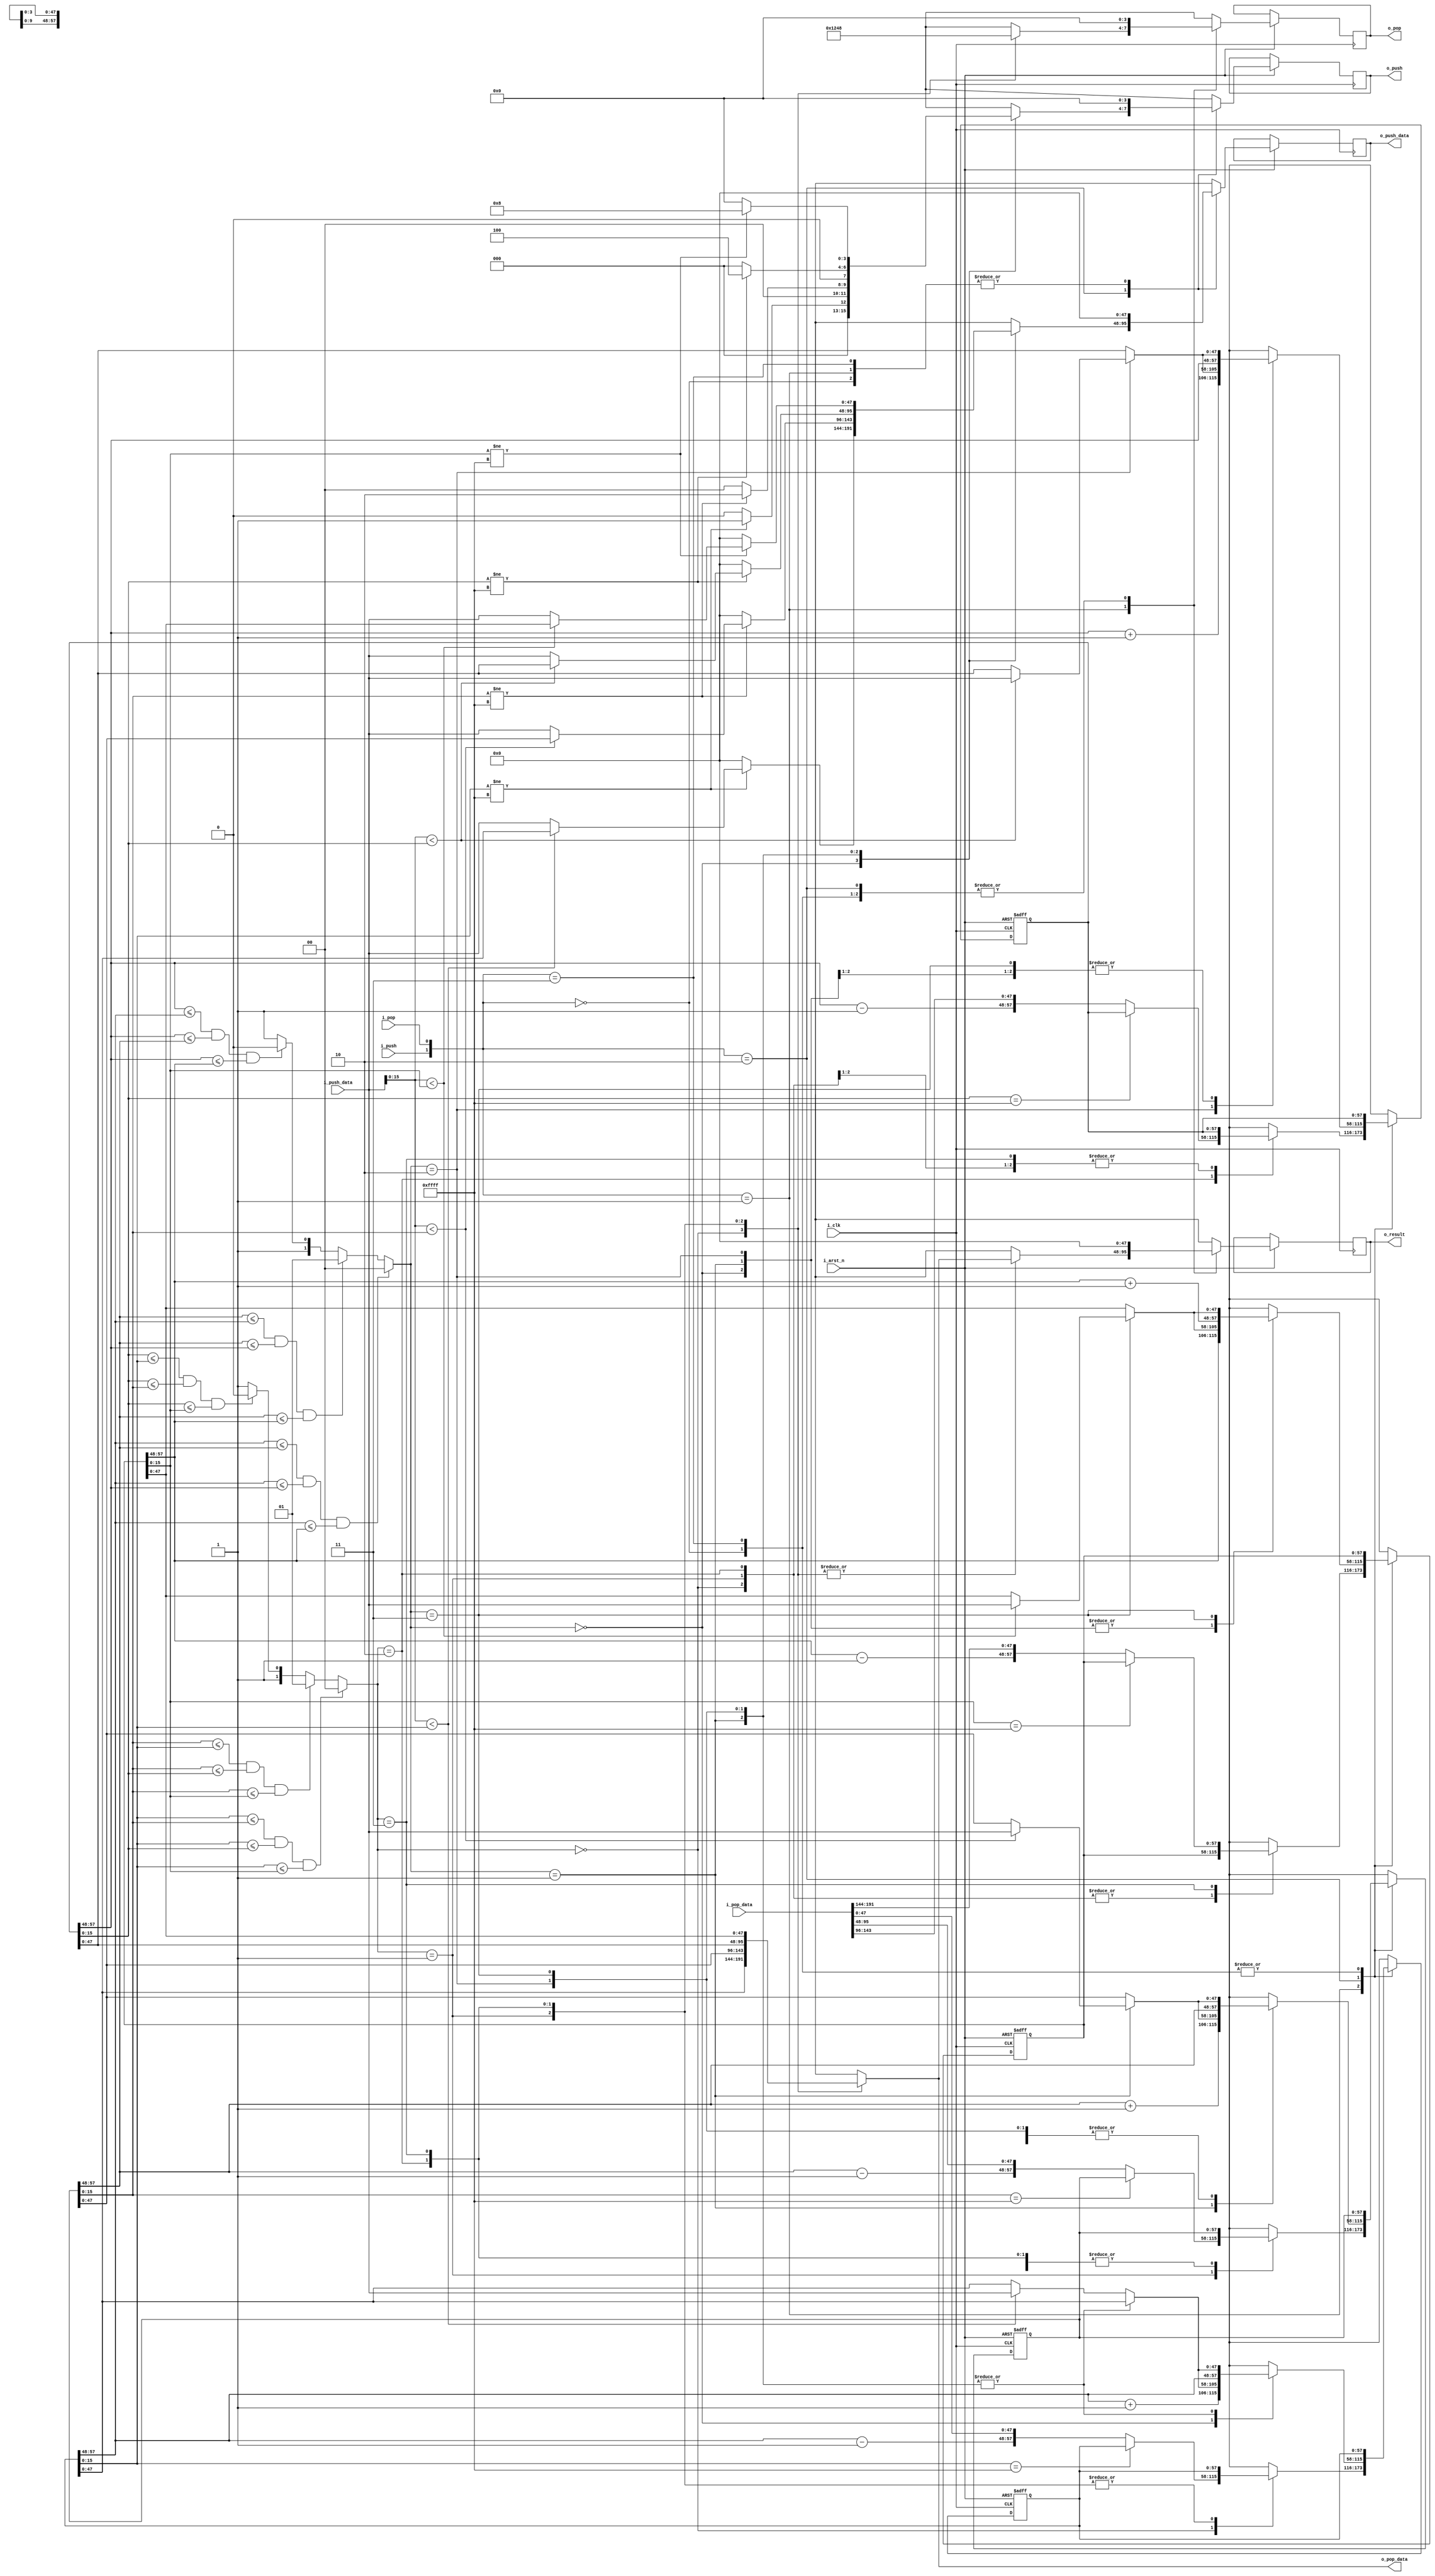
module PIFO 
#(
   parameter PTW    = 16,  // PRIORITY
   parameter MTW    = 32,  // METADATA
   parameter CTW    = 10  // COUNT
)
(
   // Clock and Reset
   input                      i_clk,         // I - Clock
   input                      i_arst_n,      // I - Active Low Async Reset

   // From/To Parent 
   input                      i_push,        // I - Push Command from Parent
   input  [(MTW+PTW)-1:0]     i_push_data,   // I - Push Data from Parent 
   input                      i_pop,         // I - Pop Command from Parent
   output reg [(MTW+PTW)-1:0] o_pop_data,    // O - Pop Data from Parent

   // From/To Child
   output reg [3:0]           o_push,        // O - Push Command to Child
   output reg [(MTW+PTW)-1:0] o_push_data,   // O - Push Data to Child
   output reg [3:0]           o_pop,         // O - Pop Command to Child   
   input  [4*(MTW+PTW)-1:0]   i_pop_data,    // I - Pop Data from Child
   output reg [(MTW+PTW)-1:0] o_result    
);

//-----------------------------------------------------------------------------
// Register and Wire Declarations
//-----------------------------------------------------------------------------

   reg [(MTW+PTW)-1:0]      latch_data;
   reg [(CTW+MTW+PTW)-1:0]  pifo_data0; // {count, metadata, priority}
   reg [(CTW+MTW+PTW)-1:0]  pifo_data1;
   reg [(CTW+MTW+PTW)-1:0]  pifo_data2;
   reg [(CTW+MTW+PTW)-1:0]  pifo_data3;   

   reg [1:0]                min_sub_tree;
   reg [1:0]                min_data_port;

   reg [(MTW+PTW)-1:0]      next_push_data0;
   reg [(MTW+PTW)-1:0]      next_push_data1;
   reg [(MTW+PTW)-1:0]      next_push_data2;
   reg [(MTW+PTW)-1:0]      next_push_data3;

//-----------------------------------------------------------------------------
// Sequential Logic
//-----------------------------------------------------------------------------
   always @ (posedge i_clk or negedge i_arst_n) begin
      if (~i_arst_n) begin
         pifo_data0  <= {{CTW{1'b0}},{MTW{1'b0}},{PTW{1'b1}}};
         pifo_data1  <= {{CTW{1'b0}},{MTW{1'b0}},{PTW{1'b1}}};
         pifo_data2  <= {{CTW{1'b0}},{MTW{1'b0}},{PTW{1'b1}}};
         pifo_data3  <= {{CTW{1'b0}},{MTW{1'b0}},{PTW{1'b1}}};		 
         latch_data  <= 'b1;
      end else begin
         case ({i_push,i_pop})
         2'b00: begin
            pifo_data0   <= pifo_data0;
            pifo_data1   <= pifo_data1;
            pifo_data2   <= pifo_data2;
            pifo_data3   <= pifo_data3;		 
            latch_data   <= 'b1;				                              
            o_push[3:0]  <= 4'd0;
            o_push_data  <= 'd0;
            o_pop[3:0]   <= 4'd0;  
            o_result     <= 'd0;                  
         end
         
         2'b01: begin		
            latch_data   <= 'b1;
            o_push[3:0]  <= 4'd0;
            o_push_data  <= 'd0;
            case (min_data_port[1:0])
            2'b00: begin // pop 0                           
               pifo_data0 <= pifo_data0[PTW-1:0] == {PTW{1'b1}} ? pifo_data0 : {pifo_data0[(CTW+MTW+PTW)-1:(MTW+PTW)]-1, i_pop_data[(MTW+PTW)-1:0]};           
               pifo_data1 <= pifo_data1;
               pifo_data2 <= pifo_data2;
               pifo_data3 <= pifo_data3;	                
               o_pop[3:0] <= 4'b0001;
               o_result	 <= o_pop_data;
            end

            2'b01: begin // pop 1             
               pifo_data1 <= pifo_data1[PTW-1:0] == {PTW{1'b1}} ? pifo_data1 : {pifo_data1[(CTW+MTW+PTW)-1:(MTW+PTW)]-1, i_pop_data[2*(MTW+PTW)-1:(MTW+PTW)]};
               pifo_data0 <= pifo_data0;
               pifo_data2 <= pifo_data2;
               pifo_data3 <= pifo_data3;		                  
               o_pop[3:0] <= 4'b0010;
               o_result	 <= o_pop_data;	                   
            end

            2'b10: begin // pop 2             
               pifo_data2 <= pifo_data2[PTW-1:0] == {PTW{1'b1}} ? pifo_data2 : {pifo_data2[(CTW+MTW+PTW)-1:(MTW+PTW)]-1, i_pop_data[3*(MTW+PTW)-1:2*(MTW+PTW)]};
               pifo_data0 <= pifo_data0;
               pifo_data1 <= pifo_data1;
               pifo_data3 <= pifo_data3;		       
               o_pop[3:0] <= 4'b0100;  
               o_result	  <= o_pop_data;    
            end

            2'b11: begin // pop 3             
               pifo_data3 <= pifo_data3[PTW-1:0] == {PTW{1'b1}} ? pifo_data3 : {pifo_data3[(CTW+MTW+PTW)-1:(MTW+PTW)]-1, i_pop_data[4*(MTW+PTW)-1:3*(MTW+PTW)]};		 						
               pifo_data0 <= pifo_data0;
               pifo_data1 <= pifo_data1;
               pifo_data2 <= pifo_data2;         
               o_pop[3:0] <= 4'b1000;
               o_result   <= o_pop_data;           
            end				
            endcase
         end
            
         2'b10: begin
            latch_data =  i_push_data;
            o_pop[3:0] =  4'd0;
            o_result   <= 'd0;
            
            case (min_sub_tree[1:0])
            2'b00: begin // push 0
               pifo_data0 <= {pifo_data0[(CTW+MTW+PTW)-1:(MTW+PTW)]+1, next_push_data0};
               pifo_data1 <= {pifo_data1[(CTW+MTW+PTW)-1:(MTW+PTW)], next_push_data1};
               pifo_data2 <= {pifo_data2[(CTW+MTW+PTW)-1:(MTW+PTW)], next_push_data2};
               pifo_data3 <= {pifo_data3[(CTW+MTW+PTW)-1:(MTW+PTW)], next_push_data3};		
                  
               if (pifo_data0[(PTW)-1:0] != {(PTW){1'b1}}) begin
                  o_push[3:0]     = 4'b0001;
                  o_push_data     = (latch_data[(PTW)-1:0] < pifo_data0[(PTW)-1:0]) ? pifo_data0[(MTW+PTW)-1:0] : latch_data;
               end else begin
                  o_push[3:0]     = 4'b0000;
                  o_push_data     = 'd0;
               end				              
            end

            2'b01: begin // push 1
               pifo_data0 <= {pifo_data0[(CTW+MTW+PTW)-1:(MTW+PTW)], next_push_data0};
               pifo_data1 <= {pifo_data1[(CTW+MTW+PTW)-1:(MTW+PTW)]+1, next_push_data1};
               pifo_data2 <= {pifo_data2[(CTW+MTW+PTW)-1:(MTW+PTW)], next_push_data2};
               pifo_data3 <= {pifo_data3[(CTW+MTW+PTW)-1:(MTW+PTW)], next_push_data3};	     

               if (pifo_data1[(PTW)-1:0] != {(PTW){1'b1}}) begin
                  o_push[3:0]     = 4'b0010;
                  o_push_data      = (latch_data[(PTW)-1:0] < pifo_data1[(PTW)-1:0]) ? pifo_data1[(MTW+PTW)-1:0] : latch_data;
               end else begin
                  o_push[3:0]     = 4'b0000;
                  o_push_data     = 'd0;
               end			 					
            end

            2'b10: begin // push 2
               pifo_data0 <= {pifo_data0[(CTW+MTW+PTW)-1:(MTW+PTW)], next_push_data0};
               pifo_data1 <= {pifo_data1[(CTW+MTW+PTW)-1:(MTW+PTW)], next_push_data1};
               pifo_data2 <= {pifo_data2[(CTW+MTW+PTW)-1:(MTW+PTW)]+1, next_push_data2};
               pifo_data3 <= {pifo_data3[(CTW+MTW+PTW)-1:(MTW+PTW)], next_push_data3};	    	 

               if (pifo_data2[(PTW)-1:0] != {(PTW){1'b1}}) begin
                  o_push[3:0]     = 4'b0100;
                  o_push_data     = (latch_data[(PTW)-1:0] < pifo_data2[(PTW)-1:0]) ? pifo_data2[(MTW+PTW)-1:0] : latch_data;		 
               end else begin
                  o_push[3:0]     = 4'b0000;
                  o_push_data     = 'd0;
               end		               
            end

            2'b11: begin // push 3
               pifo_data0 <= {pifo_data0[(CTW+MTW+PTW)-1:(MTW+PTW)], next_push_data0};
               pifo_data1 <= {pifo_data1[(CTW+MTW+PTW)-1:(MTW+PTW)], next_push_data1};
               pifo_data2 <= {pifo_data2[(CTW+MTW+PTW)-1:(MTW+PTW)], next_push_data2};
               pifo_data3 <= {pifo_data3[(CTW+MTW+PTW)-1:(MTW+PTW)]+1, next_push_data3};		 
               
               if (pifo_data3[(PTW)-1:0] != {(PTW){1'b1}}) begin
                  o_push[3:0]     = 4'b1000;
                  o_push_data     = (latch_data[(PTW)-1:0] < pifo_data3[(PTW)-1:0]) ? pifo_data3[(MTW+PTW)-1:0] : latch_data;
               end else begin
                  o_push[3:0]     = 4'b0000;
                  o_push_data     = 'd0;
               end	     
            end

            endcase       
         end

         2'b11: begin
            pifo_data0 <= pifo_data0;
            pifo_data1 <= pifo_data1;
            pifo_data2 <= pifo_data2;
            pifo_data3 <= pifo_data3;	
            latch_data <= 'b1;
            o_result    <= 'd0;            
            o_push[3:0] = 4'd0;
            o_push_data = 'd0;
            o_pop[3:0]  = 4'd0;            
         end	

         endcase		
      end  
   end
//-----------------------------------------------------------------------------
// Combinatorial Logic / Continuous Assignments
//-----------------------------------------------------------------------------
   always @ * begin
      // Find the minimum sub-tree.
      if (pifo_data0[(CTW+MTW+PTW)-1:(MTW+PTW)] <= pifo_data1[(CTW+MTW+PTW)-1:(MTW+PTW)] &&
         pifo_data0[(CTW+MTW+PTW)-1:(MTW+PTW)] <= pifo_data2[(CTW+MTW+PTW)-1:(MTW+PTW)] &&
         pifo_data0[(CTW+MTW+PTW)-1:(MTW+PTW)] <= pifo_data3[(CTW+MTW+PTW)-1:(MTW+PTW)]) begin
         min_sub_tree[1:0] = 2'b00;	  
      end else if (pifo_data1[(CTW+MTW+PTW)-1:(MTW+PTW)] <= pifo_data0[(CTW+MTW+PTW)-1:(MTW+PTW)] &&
                  pifo_data1[(CTW+MTW+PTW)-1:(MTW+PTW)] <= pifo_data2[(CTW+MTW+PTW)-1:(MTW+PTW)] &&
                  pifo_data1[(CTW+MTW+PTW)-1:(MTW+PTW)] <= pifo_data3[(CTW+MTW+PTW)-1:(MTW+PTW)]) begin
         min_sub_tree[1:0] = 2'b01;	  
      end else if (pifo_data2[(CTW+MTW+PTW)-1:(MTW+PTW)] <= pifo_data0[(CTW+MTW+PTW)-1:(MTW+PTW)] &&
                  pifo_data2[(CTW+MTW+PTW)-1:(MTW+PTW)] <= pifo_data1[(CTW+MTW+PTW)-1:(MTW+PTW)] &&
                  pifo_data2[(CTW+MTW+PTW)-1:(MTW+PTW)] <= pifo_data3[(CTW+MTW+PTW)-1:(MTW+PTW)]) begin
         min_sub_tree[1:0] = 2'b10;
      end else begin
         min_sub_tree[1:0] = 2'b11;
      end		 
      
      // Find the minimum data and minimum data port.
      if (pifo_data0[(PTW)-1:0] <= pifo_data1[(PTW)-1:0] &&
         pifo_data0[(PTW)-1:0] <= pifo_data2[(PTW)-1:0] &&
         pifo_data0[(PTW)-1:0] <= pifo_data3[(PTW)-1:0]) begin
         min_data_port[1:0]   = 2'b00;
      end else if (pifo_data1[(PTW)-1:0] <= pifo_data0[(PTW)-1:0] &&
                  pifo_data1[(PTW)-1:0] <= pifo_data2[(PTW)-1:0] &&
                  pifo_data1[(PTW)-1:0] <= pifo_data3[(PTW)-1:0]) begin
         min_data_port[1:0]   = 2'b01;
      end else if (pifo_data2[(PTW)-1:0] <= pifo_data0[(PTW)-1:0] &&
                  pifo_data2[(PTW)-1:0] <= pifo_data1[(PTW)-1:0] &&
                  pifo_data2[(PTW)-1:0] <= pifo_data3[(PTW)-1:0]) begin
         min_data_port[1:0]   = 2'b10;
      end else begin
         min_data_port[1:0]   = 2'b11;
      end		 	
      
      case (min_sub_tree[1:0])
      2'b00: begin
         next_push_data0 = (i_push_data[(PTW)-1:0] < pifo_data0[(PTW)-1:0]) ? i_push_data : pifo_data0[(MTW+PTW)-1:0];
         next_push_data1 = pifo_data1[(MTW+PTW)-1:0];
         next_push_data2 = pifo_data2[(MTW+PTW)-1:0];
         next_push_data3 = pifo_data3[(MTW+PTW)-1:0];
      end
      2'b01: begin
         next_push_data1 = (i_push_data[(PTW)-1:0] < pifo_data1[(PTW)-1:0]) ? i_push_data : pifo_data1[(MTW+PTW)-1:0];
         next_push_data0 = pifo_data0[(MTW+PTW)-1:0];
         next_push_data2 = pifo_data2[(MTW+PTW)-1:0];
         next_push_data3 = pifo_data3[(MTW+PTW)-1:0];
      end
      2'b10: begin
         next_push_data2 = (i_push_data[(PTW)-1:0] < pifo_data2[(PTW)-1:0]) ? i_push_data : pifo_data2[(MTW+PTW)-1:0];
         next_push_data1 = pifo_data1[(MTW+PTW)-1:0];
         next_push_data0 = pifo_data0[(MTW+PTW)-1:0];
         next_push_data3 = pifo_data3[(MTW+PTW)-1:0];
      end
      2'b11: begin
         next_push_data3 = (i_push_data[(PTW)-1:0] < pifo_data3[(PTW)-1:0]) ? i_push_data : pifo_data3[(MTW+PTW)-1:0];
         next_push_data1 = pifo_data1[(MTW+PTW)-1:0];
         next_push_data2 = pifo_data2[(MTW+PTW)-1:0];
         next_push_data0 = pifo_data0[(MTW+PTW)-1:0];
      end		 
      endcase	  
      
      
      case (min_data_port[1:0])
      2'b00: begin // pop 0
         o_pop_data     = pifo_data0[(MTW+PTW)-1:0];
      end
      2'b01: begin // pop 1
         o_pop_data     = pifo_data1[(MTW+PTW)-1:0];
      end
      2'b10: begin
         o_pop_data     = pifo_data2[(MTW+PTW)-1:0];
      end
      2'b11: begin
         o_pop_data     = pifo_data3[(MTW+PTW)-1:0];
      end		 
      endcase
      
   end
      
//-----------------------------------------------------------------------------
// Output Assignments
//-----------------------------------------------------------------------------


endmodule